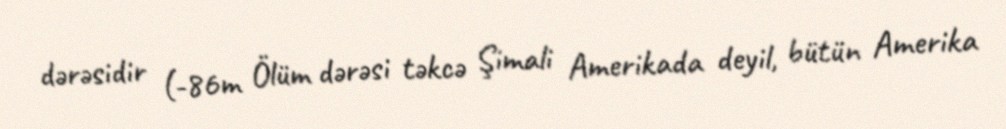
dərəsidir (-86m Ölüm dərəsi təkcə Şimali Amerikada deyil, bütün Amerika